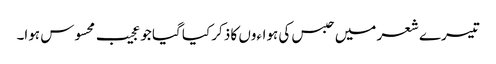
تیسرے شعر میں حبس کی ہواءوں کا ذکر کیا گیا جو عجیب محسوس ہوا۔